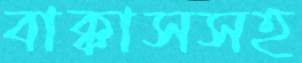
বাক্কাসসহ